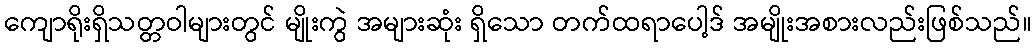
ကျောရိုးရှိသတ္တဝါများတွင် မျိုးကွဲ အများဆုံး ရှိသော တက်ထရာပေါ့ဒ် အမျိုးအစားလည်းဖြစ်သည်။